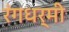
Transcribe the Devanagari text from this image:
रंगधर्मी